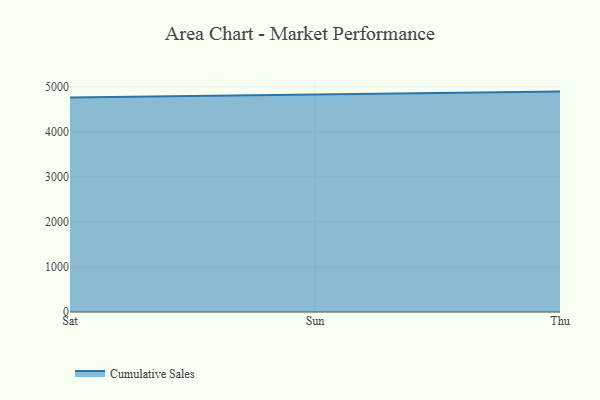
{"axis": {"x": "Day", "y": "Inventory Turnover"}, "legend": ["Cumulative Sales"], "data": [{"x": "Sat", "y": 4761.6, "type": "Cumulative Sales"}, {"x": "Sun", "y": 4830.4, "type": "Cumulative Sales"}, {"x": "Thu", "y": 4893.8, "type": "Cumulative Sales"}]}